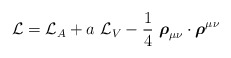
\begin{align*}{\cal{L}}={\cal{L}}_A + a~{\cal{L}}_V -\frac{1}{4}~ \mbox{\boldmath$\rho$}_{\mu\nu}\cdot \mbox{\boldmath$\rho$}^{\mu\nu}\end{align*}